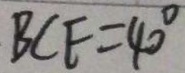
B C F = 4 0 ^ { \circ }